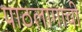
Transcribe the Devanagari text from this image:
पाठलागाची